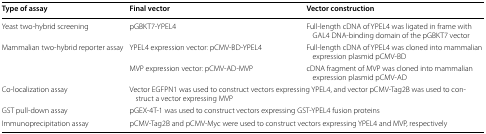
<table><thead><tr><td><b>Type of assay</b></td><td><b>Final vector</b></td><td><b>Vector construction</b></td></tr></thead><tbody><tr><td>Yeast two-hybrid screening</td><td>pGBKT7-YPEL4</td><td>Full-length cDNA of YPEL4 was ligated in frame with GAL4 DNA-binding domain of the pGBKT7 vector</td></tr><tr><td rowspan="2">Mammalian two-hybrid reporter assay</td><td>YPEL4 expression vector: pCMV-BD-YPEL4</td><td>Full-length cDNA of YPEL4 was cloned into mammalian expression plasmid pCMV-BD</td></tr><tr><td>MVP expression vector: pCMV-AD-MVP</td><td>cDNA fragment of MVP was cloned into mammalian expression plasmid pCMV-AD</td></tr><tr><td>Co-localization assay</td><td colspan="2">Vector EGFPN1 was used to construct vectors expressing YPEL4, and vector pCMV-Tag2B was used to construct a vector expressing MVP</td></tr><tr><td>GST pull-down assay</td><td colspan="2">pGEX-4T-1 was used to construct vectors expressing GST-YPEL4 fusion proteins</td></tr><tr><td>Immunoprecipitation assay</td><td colspan="2">pCMV-Tag2B and pCMV-Myc were used to construct vectors expressing YPEL4 and MVP, respectively</td></tr></tbody></table>